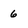
Character: 6